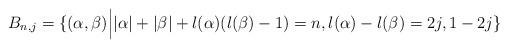
LaTeX: \begin{align*}B_{n, j} = \{(\alpha, \beta) \Big{|} |\alpha|+|\beta|+l(\alpha)(l(\beta)-1) = n, l(\alpha) - l(\beta) = 2j, 1-2j\}\end{align*}